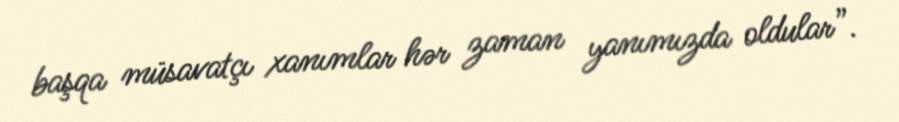
başqa müsavatçı xanımlar hər zaman yanımızda oldular”.